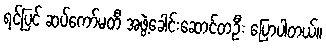
ရင်ပြင် ဆပ်ကော်မတီ အဖွဲ့ခေါင်းဆောင်တဦး ပြောပါတယ်။